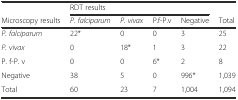
<table><thead><tr><td></td><td colspan="4"><b>RDT results</b></td><td></td></tr><tr><td><b>Microscopy results</b></td><td><b><i>P. falciparum</i></b></td><td><b><i>P. vivax</i></b></td><td><b>P.f-P.v</b></td><td><b>Negative</b></td><td><b>Total</b></td></tr></thead><tbody><tr><td><i>P. falciparum</i></td><td>22*</td><td>0</td><td>0</td><td>3</td><td>25</td></tr><tr><td><i>P. vivax</i></td><td>0</td><td>18*</td><td>1</td><td>3</td><td>22</td></tr><tr><td>P. f-P. v</td><td>0</td><td>0</td><td>6*</td><td>2</td><td>8</td></tr><tr><td>Negative</td><td>38</td><td>5</td><td>0</td><td>996*</td><td>1,039</td></tr><tr><td>Total</td><td>60</td><td>23</td><td>7</td><td>1,004</td><td>1,094</td></tr></tbody></table>